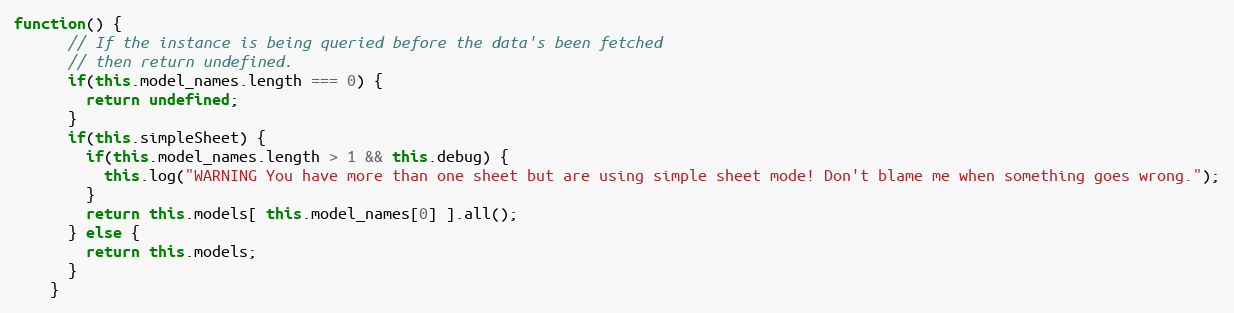
Language: JavaScript
function() {
      // If the instance is being queried before the data's been fetched
      // then return undefined.
      if(this.model_names.length === 0) {
        return undefined;
      }
      if(this.simpleSheet) {
        if(this.model_names.length > 1 && this.debug) {
          this.log("WARNING You have more than one sheet but are using simple sheet mode! Don't blame me when something goes wrong.");
        }
        return this.models[ this.model_names[0] ].all();
      } else {
        return this.models;
      }
    }